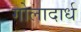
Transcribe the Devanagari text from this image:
गोलादार्ध